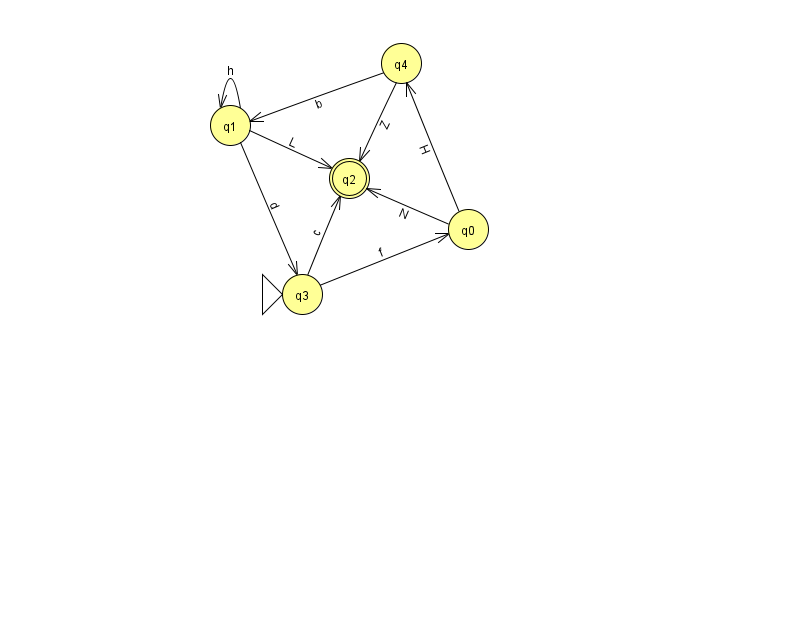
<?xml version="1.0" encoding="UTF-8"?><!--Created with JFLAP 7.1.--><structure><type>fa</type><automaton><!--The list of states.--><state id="0" name="q0"><x>468.0</x><y>216.0</y></state><state id="1" name="q1"><x>230.0</x><y>112.0</y></state><state id="2" name="q2"><x>349.0</x><y>165.0</y><final/></state><state id="3" name="q3"><x>302.0</x><y>281.0</y><initial/></state><state id="4" name="q4"><x>401.0</x><y>50.0</y></state><!--The list of transitions.--><transition><from>4</from><to>2</to><read>Z</read></transition><transition><from>4</from><to>1</to><read>b</read></transition><transition><from>0</from><to>2</to><read>N</read></transition><transition><from>3</from><to>0</to><read>f</read></transition><transition><from>1</from><to>3</to><read>d</read></transition><transition><from>1</from><to>2</to><read>L</read></transition><transition><from>0</from><to>4</to><read>H</read></transition><transition><from>1</from><to>1</to><read>h</read></transition><transition><from>3</from><to>2</to><read>c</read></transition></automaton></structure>